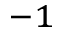
^ { - 1 }